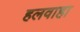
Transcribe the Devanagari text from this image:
हलवाहा